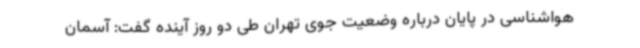
هواشناسی در پایان درباره وضعیت جوی تهران طی دو روز آینده گفت: آسمان